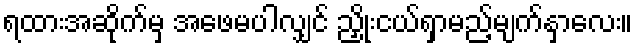
ရထားအဆိုက်မှ အဖေမပါလျှင် ညှိုးငယ်ရှာမည့်မျက်နှာလေး။